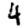
Digit: 4